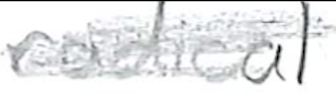
Text: radical
Cross-out: scratch
Writing tool: pencil